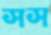
সস